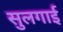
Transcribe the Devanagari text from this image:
सुलगाई